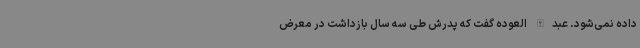
داده نمی‌شود. عبدالله العوده گفت که پدرش طی سه سال بازداشت در معرض